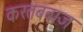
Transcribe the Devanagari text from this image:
करतबबाज